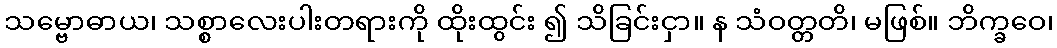
သမ္ဗောဓာယ၊ သစ္စာလေးပါးတရားကို ထိုးထွင်း ၍ သိခြင်းငှာ။ န သံဝတ္တတိ၊ မဖြစ်။ ဘိက္ခဝေ၊